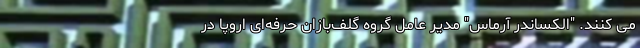
می کنند. "الکساندر آرماس" مدیر عامل گروه گلف‌بازان حرفه‌ای اروپا در